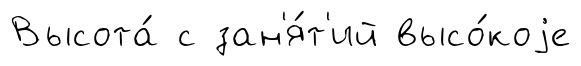
Высота́ с зан'я́т'ий высо́коjе